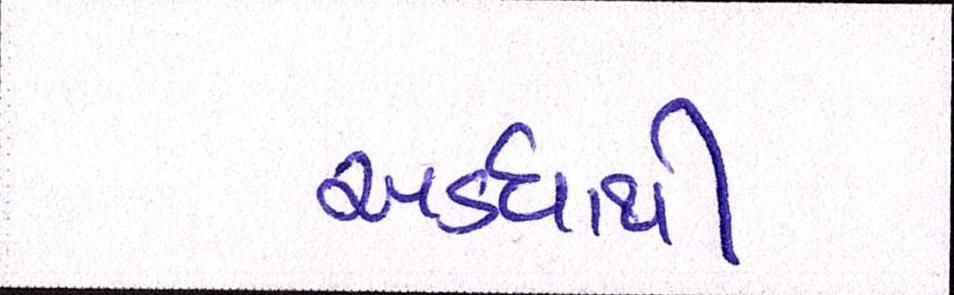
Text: અડધાથી